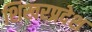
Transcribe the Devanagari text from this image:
शिखरप्रदेश